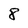
Character: 8